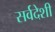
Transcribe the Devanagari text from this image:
सर्वदेशी